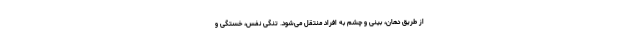
از طریق دهان، بینی و چشم به افراد منتقل می‌شود. تنگی نفس، خستگی و